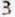
3